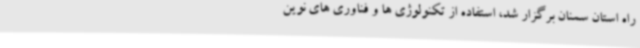
راه استان سمنان برگزار شد، استفاده از تکنولوژی ها و فناوری های نوین